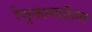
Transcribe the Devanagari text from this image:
रेणुकामातेला